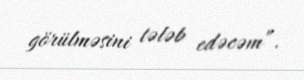
görülməsini tələb edəcəm”.